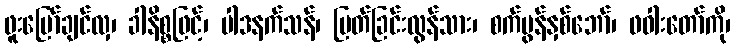
ဖူးမြော်ချင်လှ၊ ခါနိစ္စဖြင့်၊ ပါဒနက်သန်၊ မြတ်ခြင်းလွန်သား၊ စက်မွန်နှစ်ဘော်၊ ဖဝါးတော်ကို၊